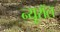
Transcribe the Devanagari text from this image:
न्यूरॉल